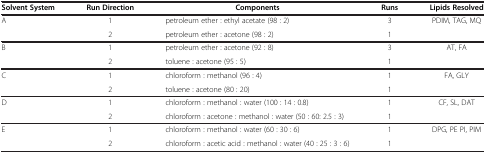
<table><thead><tr><td><b>Solvent System</b></td><td><b>Run Direction</b></td><td><b>Components</b></td><td><b>Runs</b></td><td><b>Lipids Resolved</b></td></tr></thead><tbody><tr><td>A</td><td>1</td><td>petroleum ether : ethyl acetate (98 : 2)</td><td>3</td><td rowspan="2">PDIM, TAG, MQ</td></tr><tr><td> </td><td>2</td><td>petroleum ether : acetone (98 : 2)</td><td>1</td></tr><tr><td>B</td><td>1</td><td>petroleum ether : acetone (92 : 8)</td><td>3</td><td rowspan="2">AT, FA</td></tr><tr><td> </td><td>2</td><td>toluene : acetone (95 : 5)</td><td>1</td></tr><tr><td>C</td><td>1</td><td>chloroform : methanol (96 : 4)</td><td>1</td><td rowspan="2">FA, GLY</td></tr><tr><td> </td><td>2</td><td>toluene : acetone (80 : 20)</td><td>1</td></tr><tr><td>D</td><td>1</td><td>chloroform : methanol : water (100 : 14 : 0.8)</td><td>1</td><td rowspan="2">CF, SL, DAT</td></tr><tr><td> </td><td>2</td><td>chloroform : acetone : methanol : water (50 : 60: 2.5 : 3)</td><td>1</td></tr><tr><td>E</td><td>1</td><td>chloroform : methanol : water (60 : 30 : 6)</td><td>1</td><td rowspan="2">DPG, PE PI, PIM</td></tr><tr><td> </td><td>2</td><td>chloroform : acetic acid : methanol : water (40 : 25 : 3 : 6)</td><td>1</td></tr></tbody></table>